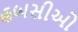
હબસીઓ